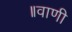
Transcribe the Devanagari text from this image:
॥वाणी